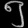
Digit: ၅